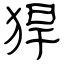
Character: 猂